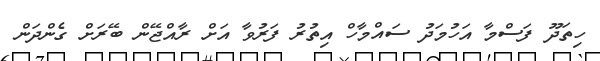
ހިތަދޫ ފަސްމާ އަހުމަދު ސައްމާހް އިތުރު ފަރުވާ އަށް ރާއްޖޭން ބޭރަށް ގެންދަން